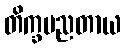
တိက္ခပညတာယ